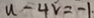
u - 4 v = - 1 .